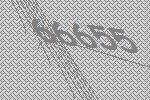
66655